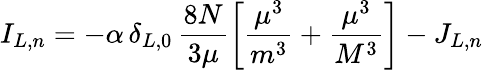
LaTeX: I_{L,n}=-\alpha\, \delta_{L,0}\, \frac{8N}{3\mu}\left[\frac{\mu^{3}}{m^{3}}+\frac{\mu^{3}}{M^{3}}\right]-J_{L,n}